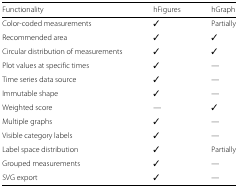
| Functionality | hFigures | hGraph |
 | --- | --- | --- |
 | Color-coded measurements | ✓ | Partially |
 | Recommended area | ✓ | ✓ |
 | Circular distribution of measurements | ✓ | ✓ |
 | Plot values at specific times | ✓ | — |
 | Time series data source | ✓ | — |
 | Immutable shape | ✓ | — |
 | Weighted score | — | ✓ |
 | Multiple graphs | ✓ | — |
 | Visible category labels | ✓ | — |
 | Label space distribution | ✓ | Partially |
 | Grouped measurements | ✓ | — |
 | SVG export | ✓ | — |